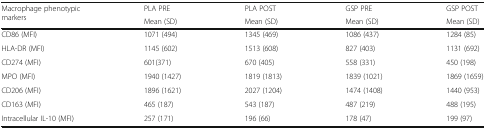
<table><thead><tr><td rowspan="2"><b>Macrophage phenotypic markers</b></td><td><b>PLA PRE</b></td><td><b>PLA POST</b></td><td><b>GSP PRE</b></td><td><b>GSP POST</b></td></tr><tr><td><b>Mean (SD)</b></td><td><b>Mean (SD)</b></td><td><b>Mean (SD)</b></td><td><b>Mean (SD)</b></td></tr></thead><tbody><tr><td>CD86 (MFI)</td><td>1071 (494)</td><td>1345 (469)</td><td>1086 (437)</td><td>1284 (85)</td></tr><tr><td>HLA-DR (MFI)</td><td>1145 (602)</td><td>1513 (608)</td><td>827 (403)</td><td>1131 (692)</td></tr><tr><td>CD274 (MFI)</td><td>601(371)</td><td>670 (405)</td><td>558 (331)</td><td>450 (198)</td></tr><tr><td>MPO (MFI)</td><td>1940 (1427)</td><td>1819 (1813)</td><td>1839 (1021)</td><td>1869 (1659)</td></tr><tr><td>CD206 (MFI)</td><td>1896 (1621)</td><td>2027 (1204)</td><td>1474 (1408)</td><td>1440 (953)</td></tr><tr><td>CD163 (MFI)</td><td>465 (187)</td><td>543 (187)</td><td>487 (219)</td><td>488 (195)</td></tr><tr><td>Intracellular IL-10 (MFI)</td><td>257 (171)</td><td>196 (66)</td><td>178 (47)</td><td>199 (97)</td></tr></tbody></table>